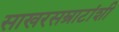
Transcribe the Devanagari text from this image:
साखरसम्राटांशी